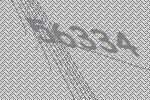
56334